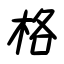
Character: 格